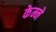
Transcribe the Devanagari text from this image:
केम्ने